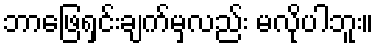
ဘာဖြေရှင်းချက်မှလည်း မလိုပါဘူး။